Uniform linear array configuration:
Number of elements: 24
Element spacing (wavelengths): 0.5
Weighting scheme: kaiser
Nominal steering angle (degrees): -60
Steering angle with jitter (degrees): -58.96
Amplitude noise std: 0.05
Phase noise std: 0.05

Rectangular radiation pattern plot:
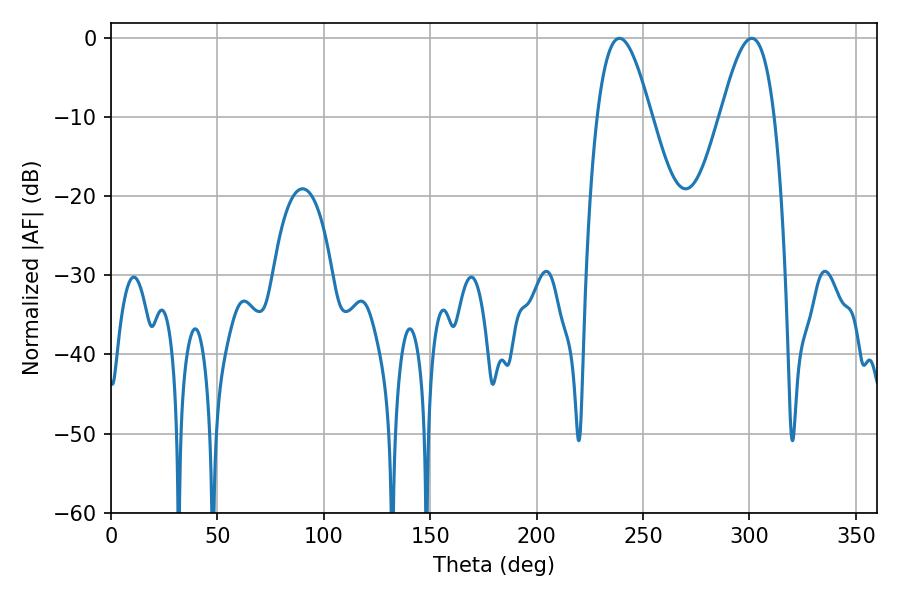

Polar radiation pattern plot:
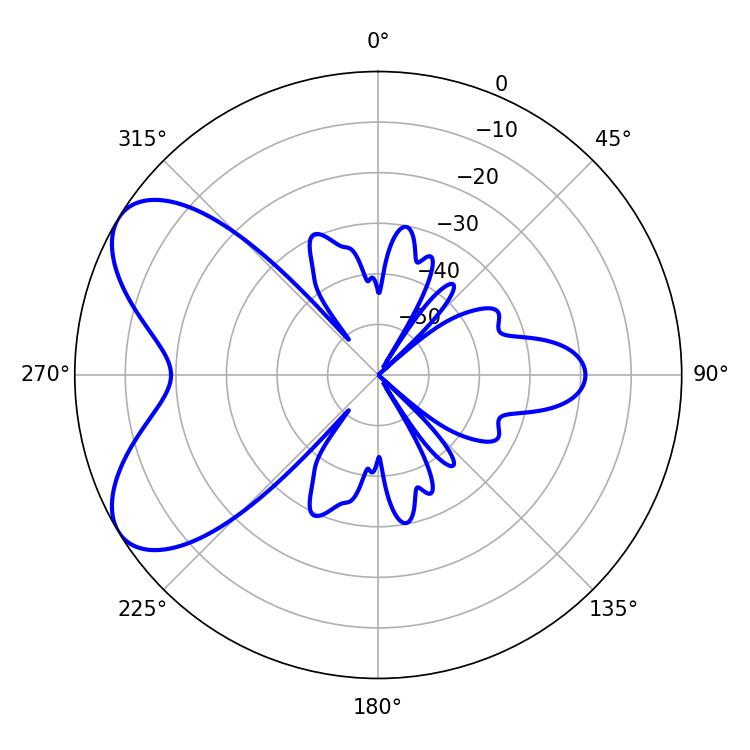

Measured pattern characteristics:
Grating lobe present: FALSE
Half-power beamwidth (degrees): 13.68
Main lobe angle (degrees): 238.86